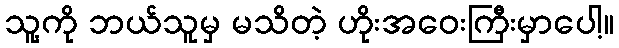
သူ့ကို ဘယ်သူမှ မသိတဲ့ ဟိုးအဝေးကြီးမှာပေါ့။